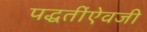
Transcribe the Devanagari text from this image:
पद्धतींऐवजी